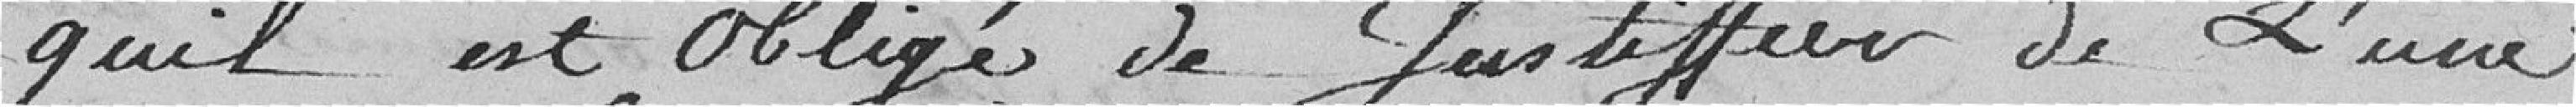
qu'il est obligé de justifier de l'une